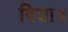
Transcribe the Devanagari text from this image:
विशा॥